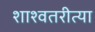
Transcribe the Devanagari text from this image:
शाश्वतरीत्या